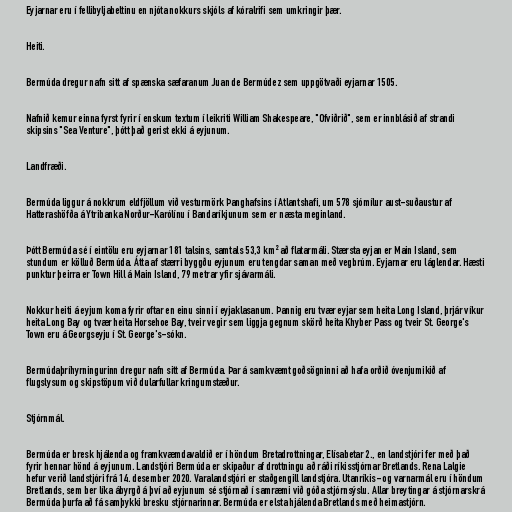
Eyjarnar eru í fellibyljabeltinu en njóta nokkurs skjóls af kóralrifi sem umkringir þær.

Heiti.

Bermúda dregur nafn sitt af spænska sæfaranum Juan de Bermúdez sem uppgötvaði eyjarnar 1505.

Nafnið kemur einna fyrst fyrir í enskum textum í leikriti William Shakespeare, "Ofviðrið", sem er innblásið af strandi
skipsins "Sea Venture", þótt það gerist ekki á eyjunum.

Landfræði.

Bermúda liggur á nokkrum eldfjöllum við vesturmörk Þanghafsins í Atlantshafi, um 578 sjómílur aust-suðaustur af
Hatterashöfða á Ytribanka Norður-Karólínu í Bandaríkjunum sem er næsta meginland.

Þótt Bermúda sé í eintölu eru eyjarnar 181 talsins, samtals 53,3 km² að flatarmáli. Stærsta eyjan er Main Island, sem
stundum er kölluð Bermúda. Átta af stærri byggðu eyjunum eru tengdar saman með vegbrúm. Eyjarnar eru láglendar. Hæsti
punktur þeirra er Town Hill á Main Island, 79 metrar yfir sjávarmáli.

Nokkur heiti á eyjum koma fyrir oftar en einu sinni í eyjaklasanum. Þannig eru tvær eyjar sem heita Long Island, þrjár víkur
heita Long Bay og tvær heita Horsehoe Bay, tveir vegir sem liggja gegnum skörð heita Khyber Pass og tveir St. George's
Town eru á Georgseyju í St. George's-sókn.

Bermúdaþríhyrningurinn dregur nafn sitt af Bermúda. Þar á samkvæmt goðsögninni að hafa orðið óvenjumikið af
flugslysum og skipstöpum við dularfullar kringumstæður.

Stjórnmál.

Bermúda er bresk hjálenda og framkvæmdavaldið er í höndum Bretadrottningar, Elísabetar 2., en landstjóri fer með það
fyrir hennar hönd á eyjunum. Landstjóri Bermúda er skipaður af drottningu að ráði ríkisstjórnar Bretlands. Rena Lalgie
hefur verið landstjóri frá 14. desember 2020. Varalandstjóri er staðgengill landstjóra. Utanríkis- og varnarmál eru í höndum
Bretlands, sem ber líka ábyrgð á því að eyjunum sé stjórnað í samræmi við góða stjórnsýslu. Allar breytingar á stjórnarskrá
Bermúda þurfa að fá samþykki bresku stjórnarinnar. Bermúda er elsta hjálenda Bretlands með heimastjórn.